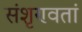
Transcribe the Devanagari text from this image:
संशृण्वतां